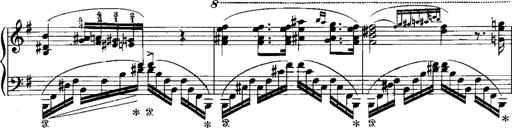
Title: RÃ©miniscences de Norma de Bellini
Composer: Franz Liszt